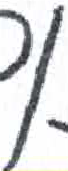
אות: ן